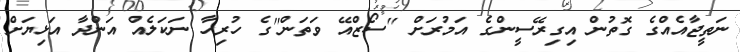
ނަތީޖާއެއްގެ ގޮތުން އިގިރޭސީންގެ އަމުރަށް ''ސޯޒްއޭ ވަތަން''ގެ ހުރިހާ ނަކަލެއް އަންދާ އަޅިޔަށް